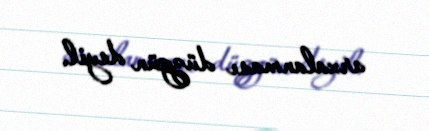
arxalanması düzgün deyil.